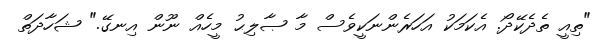
"ތިއީ ތެދެކޭދޯ. އެކަމަކު އަހަރެންނަކީވެސް މާ ޞާލިޙު މީހެއް ނޫން އިނގޭ." ޝަހާދަތް